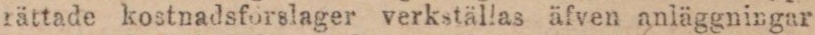
rättade kostnadsförslager verkställas äfven anläggningar